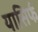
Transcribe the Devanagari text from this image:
यासिर्फ